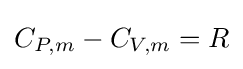
C_{P,m}-C_{V,m}=R